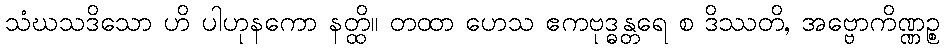
သံဃသဒိသော ဟိ ပါဟုနကော နတ္ထိ။ တထာ ဟေသ ဧကဗုဒ္ဓန္တရေ စ ဒိဿတိ, အဗ္ဗောကိဏ္ဏဉ္စ